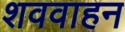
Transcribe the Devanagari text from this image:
शववाहन